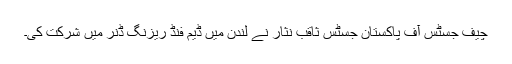
چیف جسٹس آف پاکستان جسٹس ثاقب نثار نے لندن میں ڈیم فنڈ ریزنگ ڈنر میں شرکت کی۔